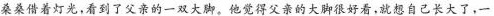
桑桑借着灯光，看到了父亲的一双大脚。他觉得父亲的大脚很好看，就想自己长大了，一